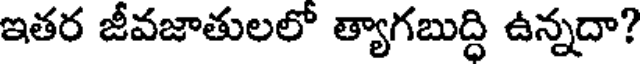
ఇతర జీవజాతులలో త్యాగబుద్ధి ఉన్నదా?